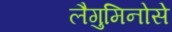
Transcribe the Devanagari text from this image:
लैगुमिनोसे